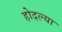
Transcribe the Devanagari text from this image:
होदल्या